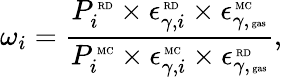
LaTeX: \omega_{i}=\frac{P_{i}^{\mathrm{\tiny~RD}}\times\epsilon_{\gamma,i}^{\mathrm{\tiny~RD}}\times\epsilon_{\gamma,\mathrm{\tiny~gas}}^{\mathrm{\tiny~MC}}}{{P_{i}^{\mathrm{\tiny~MC}}\times\epsilon_{\gamma,i}^{\mathrm{\tiny~MC}}}\times\epsilon_{\gamma,\mathrm{\tiny~gas}}^{\mathrm{\tiny~RD}}},